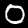
Label: 0